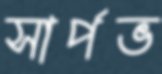
সার্পভ